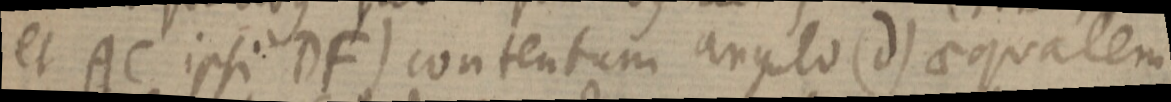
et AC ipsi DF) contentum angulo (d) aequalem